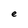
Character: e